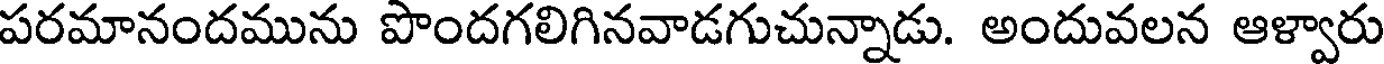
పరమానందమును పొందగలిగినవాడగుచున్నాడు. అందువలన ఆళ్వారు